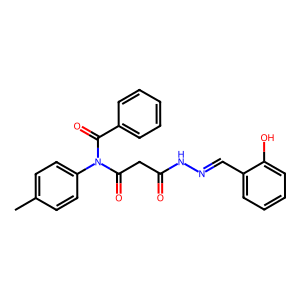
SMILES: Cc1ccc(N(C(=O)CC(=O)NN=Cc2ccccc2O)C(=O)c2ccccc2)cc1
Inhibits HIV replication: No